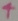
Text: 4